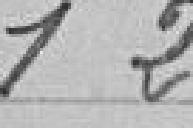
126 francs